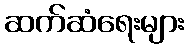
ဆက်ဆံရေးများ